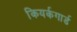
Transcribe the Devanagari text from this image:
कियर्कगार्ड